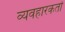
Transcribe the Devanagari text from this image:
व्यवहारकर्ता